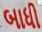
બાધી